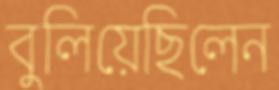
বুলিয়েছিলেন